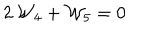
2 \, { \cal W } _ { 4 } + { \cal W } _ { 5 } = 0